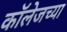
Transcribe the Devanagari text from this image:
काॅलेजच्या